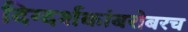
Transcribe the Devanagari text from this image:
दिग्दर्शकांबरोबरच